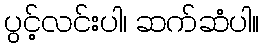
ပွင့်လင်းပါ၊ ဆက်ဆံပါ။